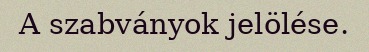
A szabványok jelölése.